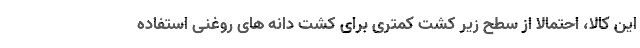
این کالا، احتمالا از سطح زیر کشت کمتری برای کشت دانه های روغنی استفاده